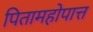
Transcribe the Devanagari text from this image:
पितामहोपात्त